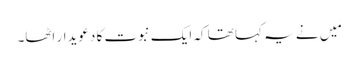
مَیں نے یہ کہا تھا کہ ایک نبوت کا دعویدار اٹھا۔